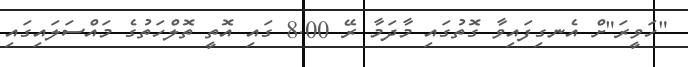
"ހަވީރަ"ށް އެނގިފައިވާ ގޮތުގައި މާދަމާ ރޭ 8.00 ގައި އޮތީ ތޮލްހަތުގެ މައްސަލައިގައި